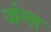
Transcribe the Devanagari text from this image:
जंग्ल